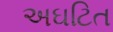
અઘટિત